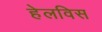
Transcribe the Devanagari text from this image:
हेलविस